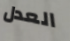
العدل